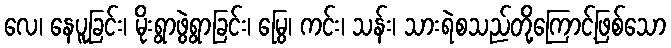
လေ၊ နေပူခြင်း၊ မိုးရွာဖွဲရွာခြင်း၊ မြွေ၊ ကင်း၊ သန်း၊ သားရဲစသည်တို့ကြောင့်ဖြစ်သော